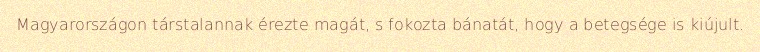
Magyarországon társtalannak érezte magát, s fokozta bánatát, hogy a betegsége is kiújult.